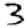
Digit: 3